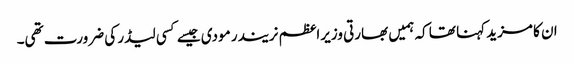
ان کا مزید کہنا تھا کہ ہمیں بھارتی وزیراعظم نریندر مودی جیسے کسی لیڈر کی ضرورت تھی۔